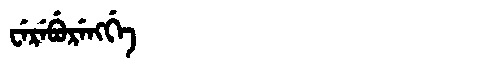
Manchu: ᠸᡝᡵᡝᠪᡠᡵᡝᠩᡤᡝ
Romanization: WEREBURENGGE